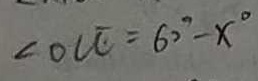
\angle O C E = 6 0 ^ { \circ } - x ^ { \circ }